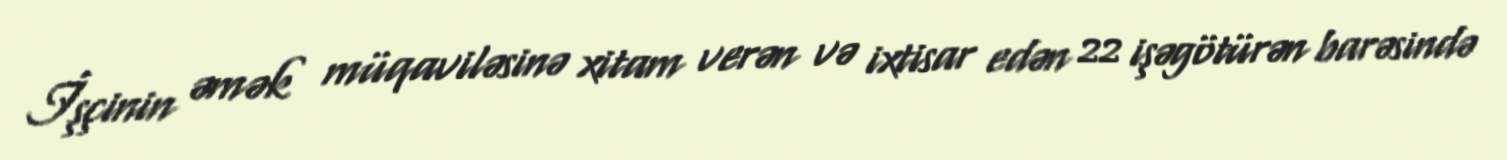
İşçinin əmək müqaviləsinə xitam verən və ixtisar edən 22 işəgötürən barəsində